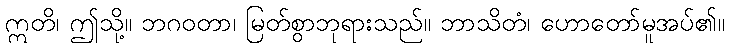
ဣတိ၊ ဤသို့။ ဘဂဝတာ၊ မြတ်စွာဘုရားသည်။ ဘာသိတံ၊ ဟောတော်မူအပ်၏။